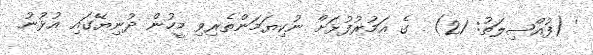
' (ފުއްޞިލަތު: 21)  ގެ އަމުރުފުޅަށް ނުކިޔަމަންތެރިވި މީހުން ދުނިޔޭގައި އުޅުނު